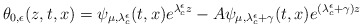
\begin{align*} \theta_{0,\epsilon}(z,t,x)=\psi_{\mu,\lambda^{\epsilon}_{c}}(t,x)e^{\lambda^{\epsilon}_{c}z}-A\psi_{\mu,\lambda^{\epsilon}_{c}+\gamma}(t,x) e^{(\lambda^{\epsilon}_{c}+\gamma)z}\end{align*}